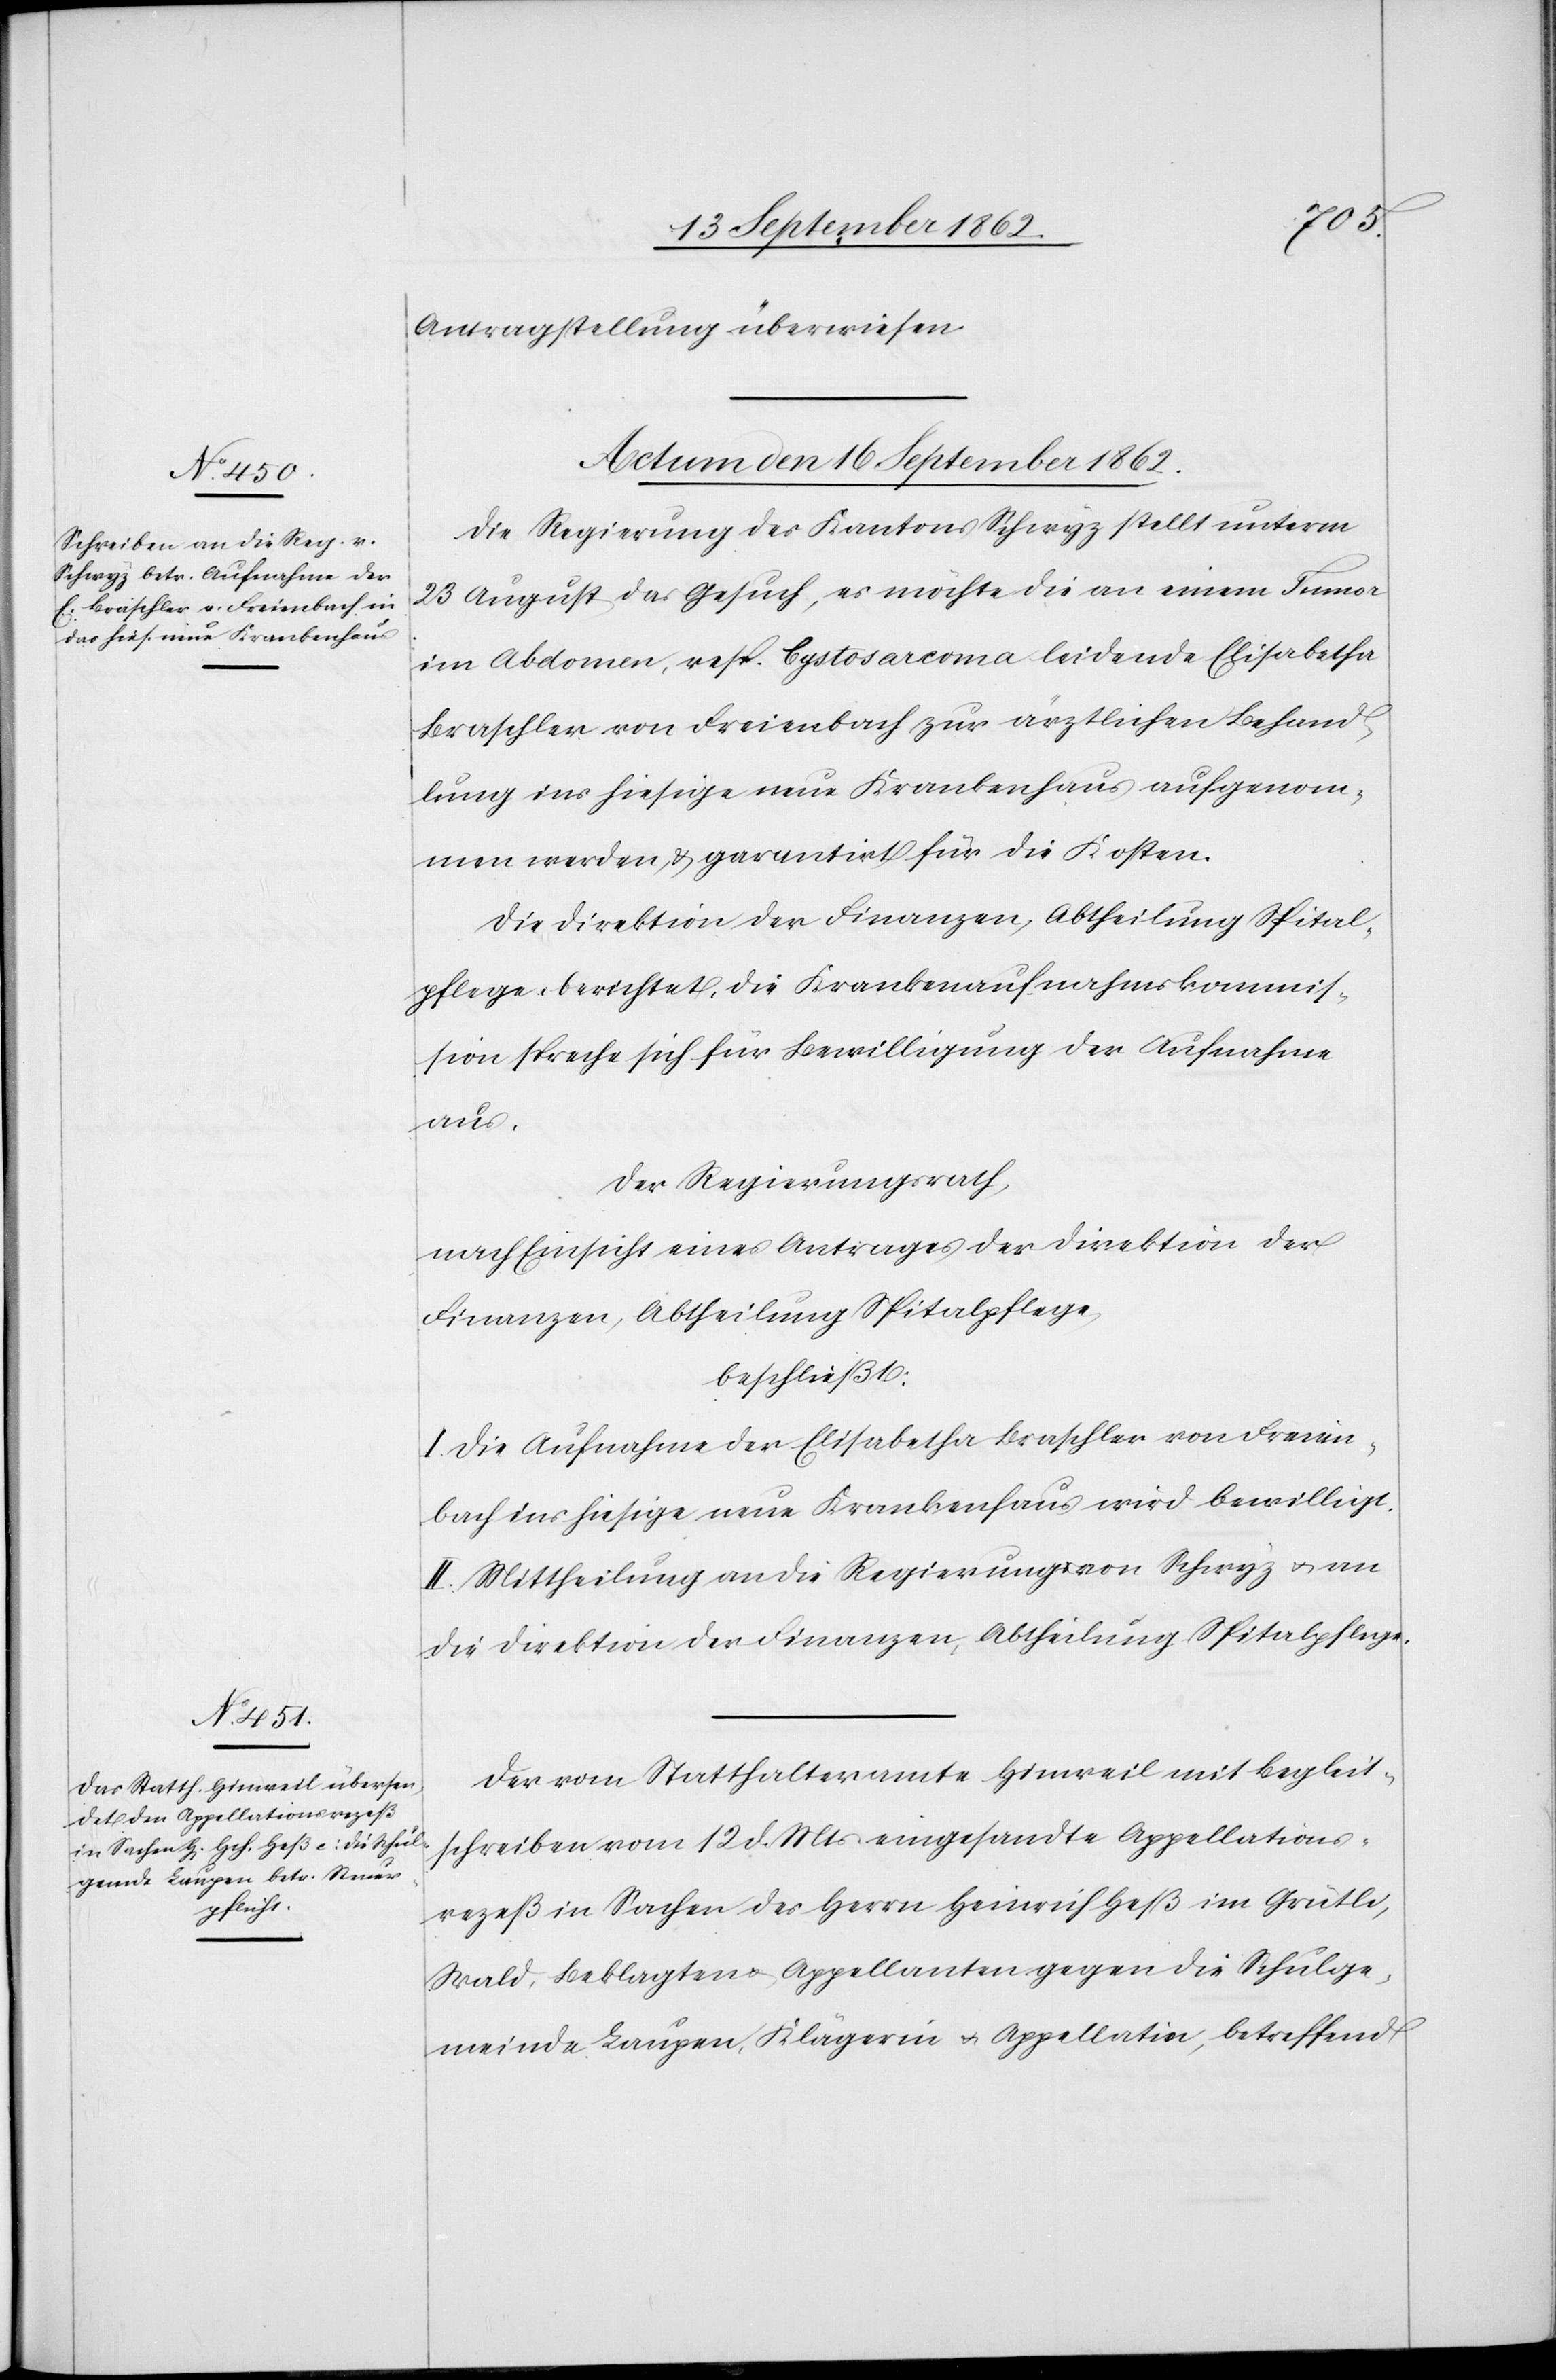
Antragstellung überwiesen.
Actum den 16. September 1862.]
Die Regierung des Kantons Schwyz stellt unterm
23. August das Gesuch, es möchte die an einem Tumor
im Abdomen, resp. Cystosarcoma leidende Elisabetha
Braschler von Freienbach zur ärztlichen Behand¬
lung ins hiesige neue Krankenhaus aufgenom¬
men werden u. garantirt für die Kosten.
Die Direktion der Finanzen, Abtheilung Spital¬
pflege berichtet, die Krankenaufnahmskommis¬
sion spreche sich für Bewilligung der Aufnahme
aus.
Der Regierungsrath,
nach Einsicht eines Antrages der Direktion der
Finanzen, Abtheilung Spitalpflege,
beschließt:
I. Die Aufnahme der Elisabetha Braschler von Freien¬
bach ins hiesige neue Krankenhaus wird bewilligt,
II. Mittheilung an die Regierung von Schwyz u. an
die Direktion der Finanzen, Abtheilung Spitalpflege.
Der vom Statthalteramte Hinweil mit Begleit¬
schreiben vom 12. d. Mts. eingesandte Appellations¬
rezeß in Sachen des Herrn Heinrich Heß im Grütli,
Wald, Beklagten u. Appellanten gegen die Schulge¬
meinde Laupen, Klägerin u. Appellatin, betreffend